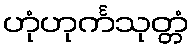
ဟုံဟုင်္ကသုတ္တံ